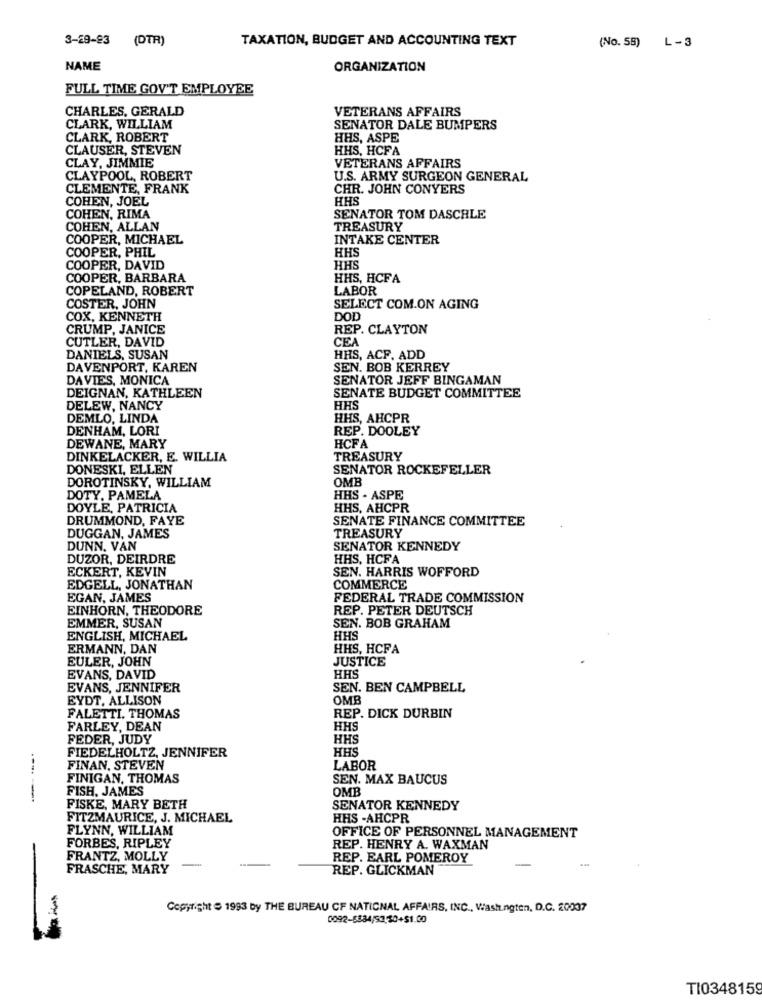
3-29-83
(DTR)
TAXATION, BUDGET AND ACCOUNTING TEXT
(No. 58) L-3
NAME
ORGANIZATION
FULL TIME GOV'T EMPLOYEE
CHARLES, GERALD
VETERANS AFFAIRS
CLARK, WILLIAM
SENATOR DALE BUMPERS
CLARK, ROBERT
HHS, ASPE
CLAUSER, STEVEN
HHS, HCFA
CLAY, JIMMIE
VETERANS AFFAIRS
CLAYPOOL, ROBERT
U.S. ARMY SURGEON GENERAL
CLEMENTE, FRANK
CHR. JOHN CONYERS
COHEN, JOEL
HHS
COHEN, RIMA
SENATOR TOM DASCHLE
COHEN, ALLAN
TREASURY
COOPER, MICHAEL
INTAKE CENTER
COOPER, PHIL
HHS
COOPER, DAVID
HHS
COOPER, BARBARA
HHS, HCFA
COPELAND, ROBERT
LABOR
COSTER, JOHN
SELECT COM.ON AGING
COX, KENNETH
DOD
CRUMP, JANICE
REP. CLAYTON
CUTLER, DAVID
CEA
DANIELS, SUSAN
HHS, ACF. ADD
DAVENPORT, KAREN
SEN. BOB KERREY
DAVIES, MONICA
SENATOR JEFF BINGAMAN
DEIGNAN, KATHLEEN
SENATE BUDGET COMMITTEE
DELEW, NANCY
HHS
DEMLO, LINDA
HHS, AHCPR
DENHAM, LORI
REP. DOOLEY
DEWANE, MARY
HCFA
DINKELACKER, E. WILLIA
TREASURY
DONESKI, ELLEN
SENATOR ROCKEFELLER
OMB
DOROTINSKY, WILLIAM
DOTY, PAMELA
HHS . ASPE
DOYLE, PATRICIA
HHS, AHCPR
DRUMMOND, FAYE
SENATE FINANCE COMMITTEE
TREASURY
DUGGAN, JAMES
DUNN. VAN
SENATOR KENNEDY
DUZOR, DEIRDRE
HHS, HCFA
ECKERT, KEVIN
SEN. HARRIS WOFFORD
EDGELL, JONATHAN
COMMERCE
EGAN, JAMES
FEDERAL TRADE COMMISSION
EINHORN, THEODORE
REP. PETER DEUTSCH
EMMER, SUSAN
SEN. BOB GRAHAM
ENGLISH, MICHAEL
HHS
ERMANN, DAN
HHS, HCFA
EULER, JOHN
JUSTICE
EVANS, DAVID
HHS
EVANS, JENNIFER
SEN. BEN CAMPBELL
EYDT, ALLISON
OMB
FALETTI. THOMAS
REP. DICK DURBIN
FARLEY, DEAN
HHS
FEDER, JUDY
HHS
HHS
FIEDELHOLTZ, JENNIFER
FINAN, STEVEN
LABOR
FINIGAN, THOMAS
SEN. MAX BAUCUS
FISH, JAMES
OMB
------
FISKE, MARY BETH
SENATOR KENNEDY
FITZMAURICE, J. MICHAEL
HHS -AHCPR
FLYNN, WILLIAM
FORBES, RIPLEY
OFFICE OF PERSONNEL MANAGEMENT
REP. HENRY A. WAXMAN
FRANTZ, MOLLY
REP. EARL POMEROY
FRASCHE, MARY
REP. GLICKMAN
Copyright = 1993 by THE BUREAU OF NATIONAL AFFAIRS, INC ., Washington, D.C. 20037
0092-6384/53,30+51.00
--
TI0348159